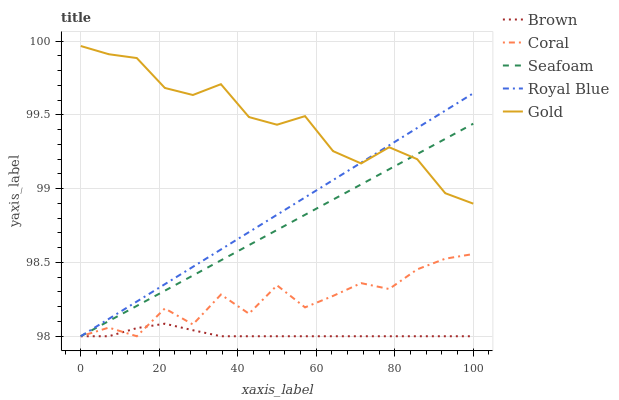
| xaxis_label | Brown | Coral | Seafoam | Royal Blue | Gold |
 | --- | --- | --- | --- | --- | --- |
 | 0 | 98 | 98 | 98 | 98 | 100 |
 | 7.14 | 98 | 98.1 | 98.1 | 98.1 | 99.9 |
 | 14.3 | 98.1 | 98 | 98.2 | 98.2 | 99.9 |
 | 21.4 | 98.1 | 98.2 | 98.3 | 98.4 | 99.7 |
 | 28.6 | 98 | 98.1 | 98.4 | 98.5 | 99.6 |
 | 35.7 | 98 | 98.3 | 98.5 | 98.6 | 99.7 |
 | 42.9 | 98 | 98.2 | 98.6 | 98.7 | 99.5 |
 | 50 | 98 | 98.3 | 98.7 | 98.8 | 99.4 |
 | 57.1 | 98 | 98.2 | 98.8 | 98.9 | 99.5 |
 | 64.3 | 98 | 98.3 | 98.9 | 99.1 | 99.3 |
 | 71.4 | 98 | 98.4 | 99 | 99.2 | 99.2 |
 | 78.6 | 98 | 98.3 | 99.1 | 99.3 | 99.3 |
 | 85.7 | 98 | 98.5 | 99.2 | 99.4 | 99.2 |
 | 92.9 | 98 | 98.5 | 99.3 | 99.5 | 99 |
 | 100 | 98 | 98.6 | 99.4 | 99.6 | 98.9 |